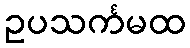
ဥပသင်္ကမထ